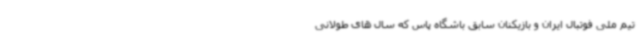
تیم ملی فوتبال ایران و بازیکنان سابق باشگاه پاس که سال های طولانی